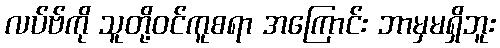
လပ်ဗ်ကို သူတို့ဝင်ကူစရာ အကြောင်း ဘာမှမရှိဘူး